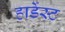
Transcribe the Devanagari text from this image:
हार्डेस्ट